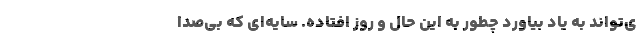
ی‌تواند به یاد بیاورد چطور به این حال و روز افتاده. سایه‌ای که بی‌صدا